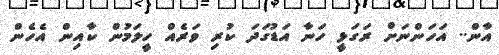
އާން.. އަހަންނަށް ރަގަޅީ ހަނާ އަޑުގަދަ ކުރި ވަރެއް ހީލަމުން ކާއިން އެހެން